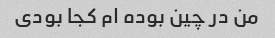
من در چین بوده ام کجا بودی